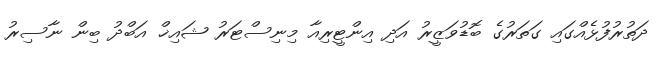
ދަތުރުފުޅެއްގައި ގަތަރުގެ ބޮޑުވަޒީރު އަދި އިންޓީރިއާ މިނިސްޓަރު ޝައިޚް އަބްދު ބިން ނާސިރު